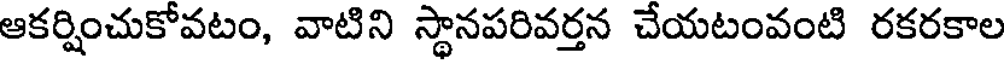
ఆకర్షించుకోవటం, వాటిని స్థానపరివర్తన చేయటంవంటి రకరకాల